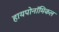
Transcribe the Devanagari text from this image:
हायपोनॉमिकल